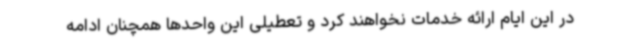
در این ایام ارائه خدمات نخواهند کرد و تعطیلی این واحدها همچنان ادامه